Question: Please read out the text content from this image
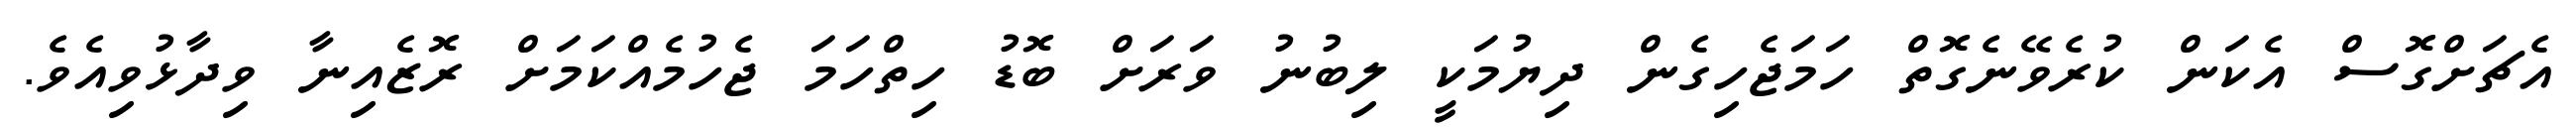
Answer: އެޗަށްގޮސް އެކަން ކުރެވޭނެގޮތް ހަމަޖެހިގެން ދިޔުމަކީ ލިބުނު ވަރަށް ބޮޑު ހިތްހަމަ ޖެހުމެއްކަމަށް ރޮޒެއިނާ ވިދާޅުވިއެވެ.